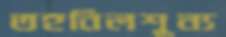
তহবিলশূন্য